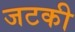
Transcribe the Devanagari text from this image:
जटकी